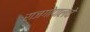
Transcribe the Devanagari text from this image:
राजगोपालचे